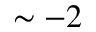
\sim - 2